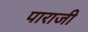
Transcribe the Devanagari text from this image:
पाराजी